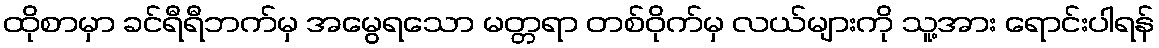
ထိုစာမှာ ခင်ရီရီဘက်မှ အမွေရသော မတ္တရာ တစ်ဝိုက်မှ လယ်များကို သူ့အား ရောင်းပါရန်